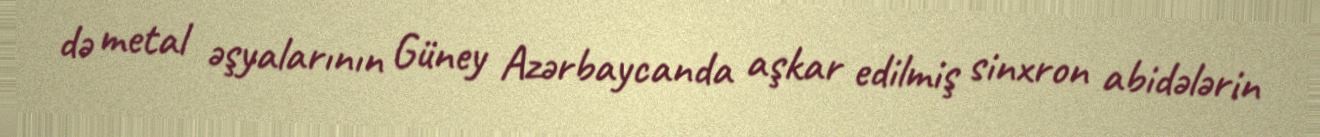
də metal əşyalarının Güney Azərbaycanda aşkar edilmiş sinxron abidələrin